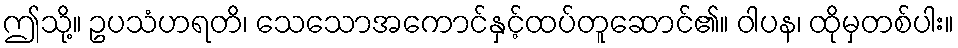
ဤသို့။ ဥပသံဟရတိ၊ သေသောအကောင်နှင့်ထပ်တူဆောင်၏။ ဝါပန၊ ထိုမှတစ်ပါး။